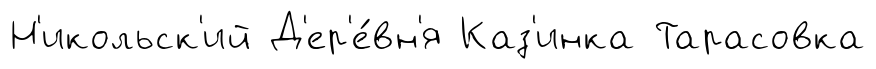
Н'икольск'ий Д'ер'е́вн'я Каз'инка Тарасовка